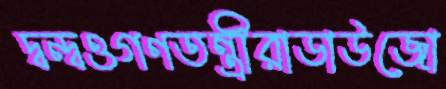
দ্বন্দ্বওগণতন্ত্রীরাডাউজো